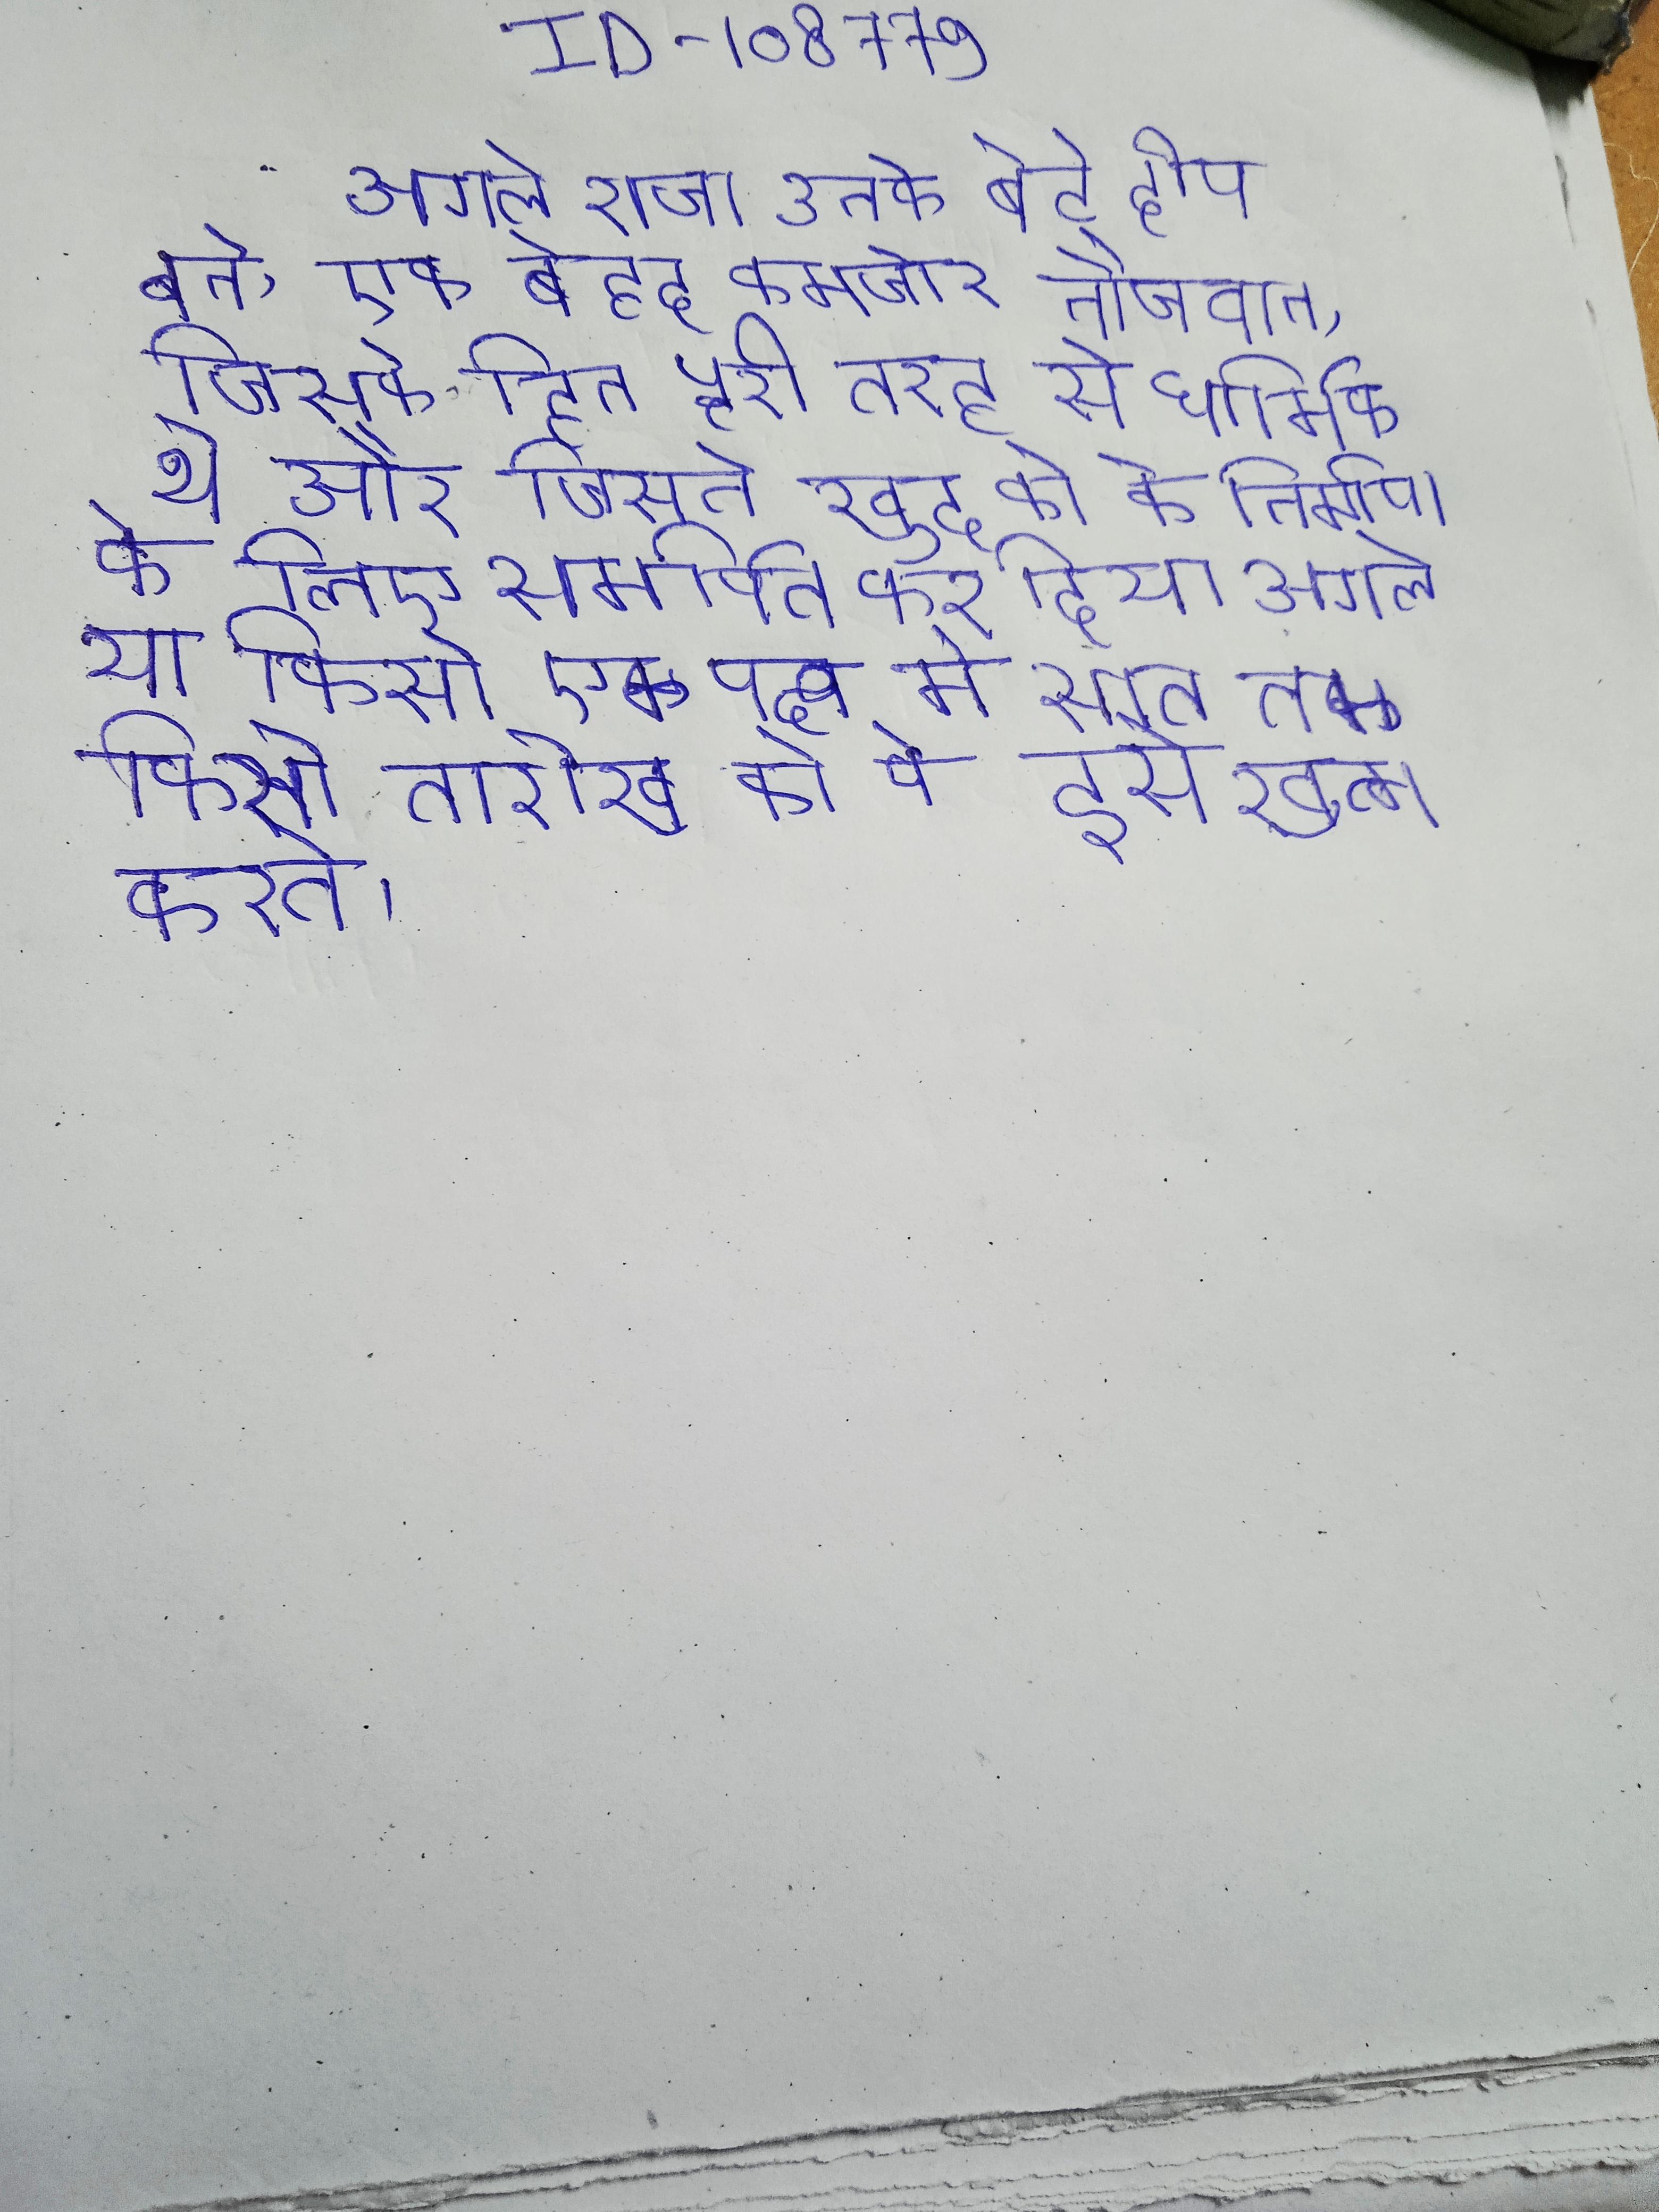
अगले राजा उनके बेटे दीप बने, एक बेहद कमजोर नौजवान, जिसके हित पूरी तरह से धार्मिक थे और जिसने खुद को के निर्माण के लिए समर्पित कर दिया । अगले या किसी एक पक्ष के सात तक किसी तारीख को वे इसे खत्म करते ।